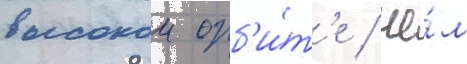
высокои орб'и́т'е / че́м